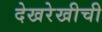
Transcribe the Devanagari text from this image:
देखरेखीची